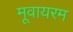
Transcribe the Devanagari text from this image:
मूवायरम